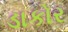
ડાકોર